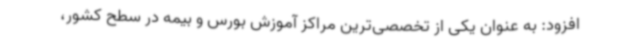
افزود: به عنوان یکی از تخصصی‌ترین مراکز آموزش بورس و بیمه در سطح کشور،